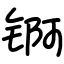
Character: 锕